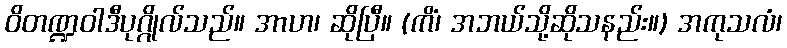
ဝိတဏ္ဍဝါဒီပုဂ္ဂိုလ်သည်။ အာဟ၊ ဆိုပြီ။ (ကိံ၊ အဘယ်သို့ဆိုသနည်း။) အကုသလံ၊